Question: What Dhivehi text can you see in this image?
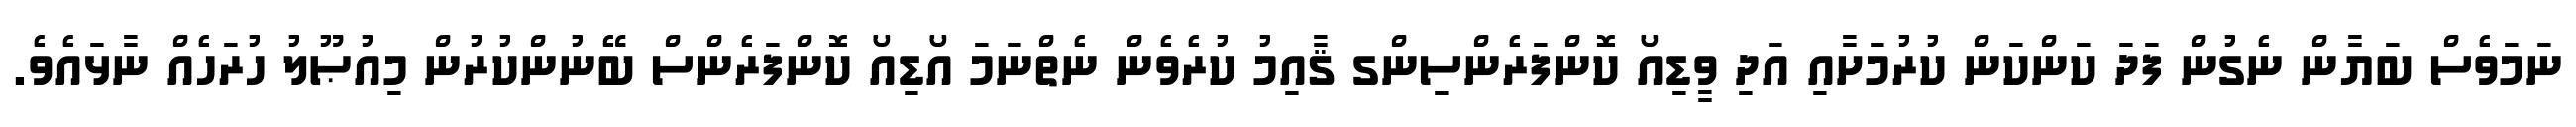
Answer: ނަމަވެސް ބަޔާން ނެގުން ފަދަ ކަންކަން ކުރުމަށާއި އަދި ވީޑިއޯ ކޮންފަރެންސިންގ ޤާއިމު ކުރެވެން ނެތްނަމަ އޯޑިއޯ ކޮންފަރެންސް ބޭނުންކުރުން މިއުޞޫލު ހުރަހެއް ނާޅައެވެ.